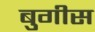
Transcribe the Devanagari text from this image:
बुगीस